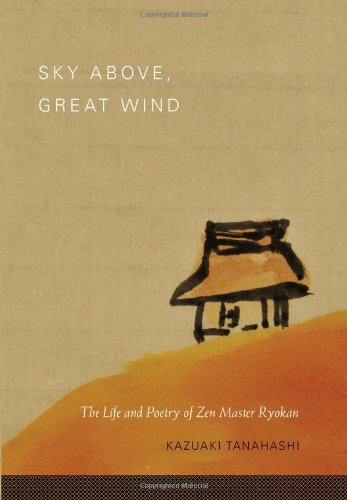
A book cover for Sky Above, Great Wind: The Life and Poetry of Zen Master Ryokan; Kazuaki Tanahashi; Religion & Spirituality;